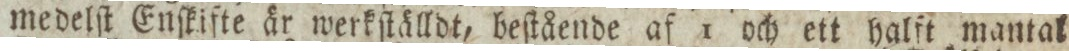
medelſt Enſkifte är werkſtälldt, beſtående af 1 och ett halft mantal